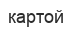
картой